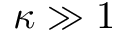
\kappa \gg 1